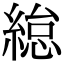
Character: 緿